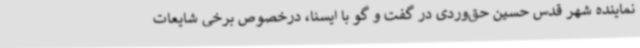
نماینده شهر قدس حسین حق‌وردی در گفت و گو با ایسنا، درخصوص برخی شایعات